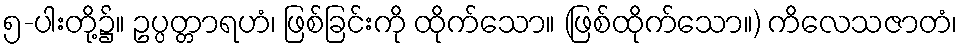
၅-ပါးတို့၌။ ဥပ္ပတ္တာရဟံ၊ ဖြစ်ခြင်းကို ထိုက်သော။ (ဖြစ်ထိုက်သော။) ကိလေသဇာတံ၊